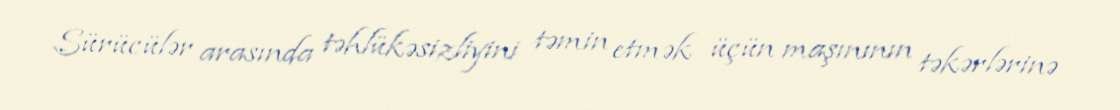
Sürücülər arasında təhlükəsizliyini təmin etmək üçün maşınının təkərlərinə